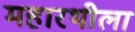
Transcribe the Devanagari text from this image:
महारथीला